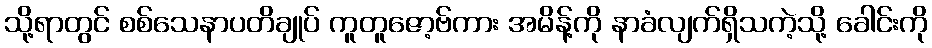
သို့ရာတွင် စစ်သေနာပတိချုပ် ကူတူဇော့ဗ်ကား အမိန့်ကို နာခံလျက်ရှိသကဲ့သို့ ခေါင်းကို